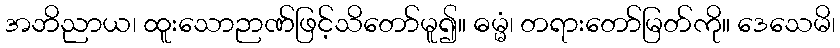
အဘိညာယ၊ ထူးသောဉာဏ်ဖြင့်သိတော်မူ၍။ ဓမ္မံ၊ တရားတော်မြတ်ကို။ ဒေသေမိ၊